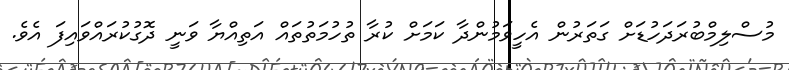
މުސްލިމްބުރަދަހުޑަށް ގަތަރުން އެހީވަމުންދާ ކަމަށް ކުރާ ތުހުމަތުތައް އަތިއްޔާ ވަނީ ދޮގުކުރައްވައިފަ އެވެ.